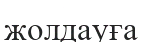
жолдауға